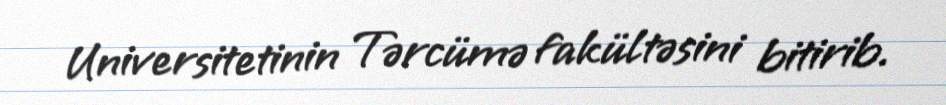
Universitetinin Tərcümə fakültəsini bitirib.